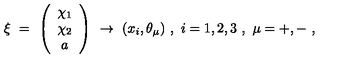
\xi \ = \ \left( \begin{array} { c } { \chi _ { 1 } } \\ { \chi _ { 2 } } \\ { a } \\ \end{array} \right) \ \to \ ( x _ { i } , \theta _ { \mu } ) \ , \ i = 1 , 2 , 3 \ , \ \mu = + , - \ ,